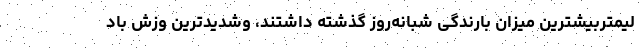
لیمتربیشترین میزان بارندگی شبانه‌روز گذشته داشتند، وشدیدترین وزش باد